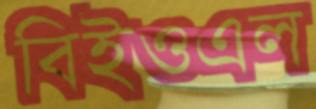
বিইওএল